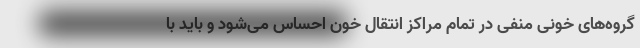
گروه‌های خونی منفی در تمام مراکز انتقال خون احساس می‌شود و باید با